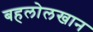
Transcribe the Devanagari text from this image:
बहलोलखान